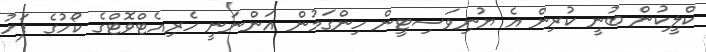
ކްލީކުން ބުނީ ކުރިން އެ ޔުނިވަސިޓީން ހިންގަމުން އަންނަނީ ހެރިއެޓްވޮޓްގެ ކޯހުގެ ފަހު